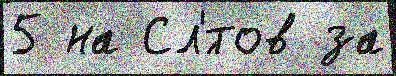
5 на Сл'́тов за